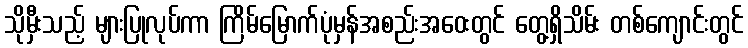
သိုမှီးသည့် များပြုလုပ်ကာ ကြိမ်မြောက်ပုံမှန်အစည်းအဝေးတွင် တွေ့ရှိသိမ်း တစ်ကျောင်းတွင်